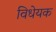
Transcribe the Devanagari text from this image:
विधेयक